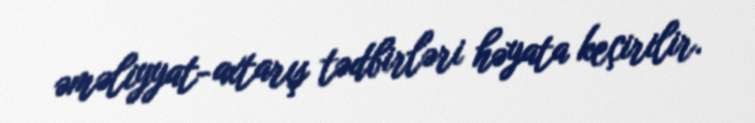
əməliyyat-axtarış tədbirləri həyata keçirilir.